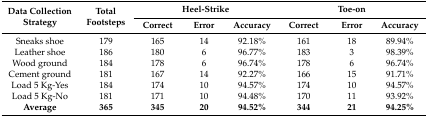
<table><thead><tr><td rowspan="2"><b>Data Collection Strategy</b></td><td rowspan="2"><b>Total Footsteps</b></td><td colspan="3"><b>Heel-Strike</b></td><td colspan="3"><b>Toe-on</b></td></tr><tr><td><b>Correct</b></td><td><b>Error</b></td><td><b>Accuracy</b></td><td><b>Correct</b></td><td><b>Error</b></td><td><b>Accuracy</b></td></tr></thead><tbody><tr><td>Sneaks shoe</td><td>179</td><td>165</td><td>14</td><td>92.18%</td><td>161</td><td>18</td><td>89.94%</td></tr><tr><td>Leather shoe</td><td>186</td><td>180</td><td>6</td><td>96.77%</td><td>183</td><td>3</td><td>98.39%</td></tr><tr><td>Wood ground</td><td>184</td><td>178</td><td>6</td><td>96.74%</td><td>178</td><td>6</td><td>96.74%</td></tr><tr><td>Cement ground</td><td>181</td><td>167</td><td>14</td><td>92.27%</td><td>166</td><td>15</td><td>91.71%</td></tr><tr><td>Load 5 Kg-Yes</td><td>184</td><td>174</td><td>10</td><td>94.57%</td><td>174</td><td>10</td><td>94.57%</td></tr><tr><td>Load 5 Kg-No</td><td>181</td><td>171</td><td>10</td><td>94.48%</td><td>170</td><td>11</td><td>93.92%</td></tr><tr><td><b>Average</b></td><td><b>365</b></td><td><b>345</b></td><td><b>20</b></td><td><b>94.52%</b></td><td><b>344</b></td><td><b>21</b></td><td><b>94.25%</b></td></tr></tbody></table>